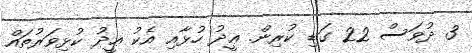
3 ދުވަސް 22 ގަޑި ކުރިން. ޢީދު ހުޅާއި އެކު ޢީދު ކުޅިވަރުތައް